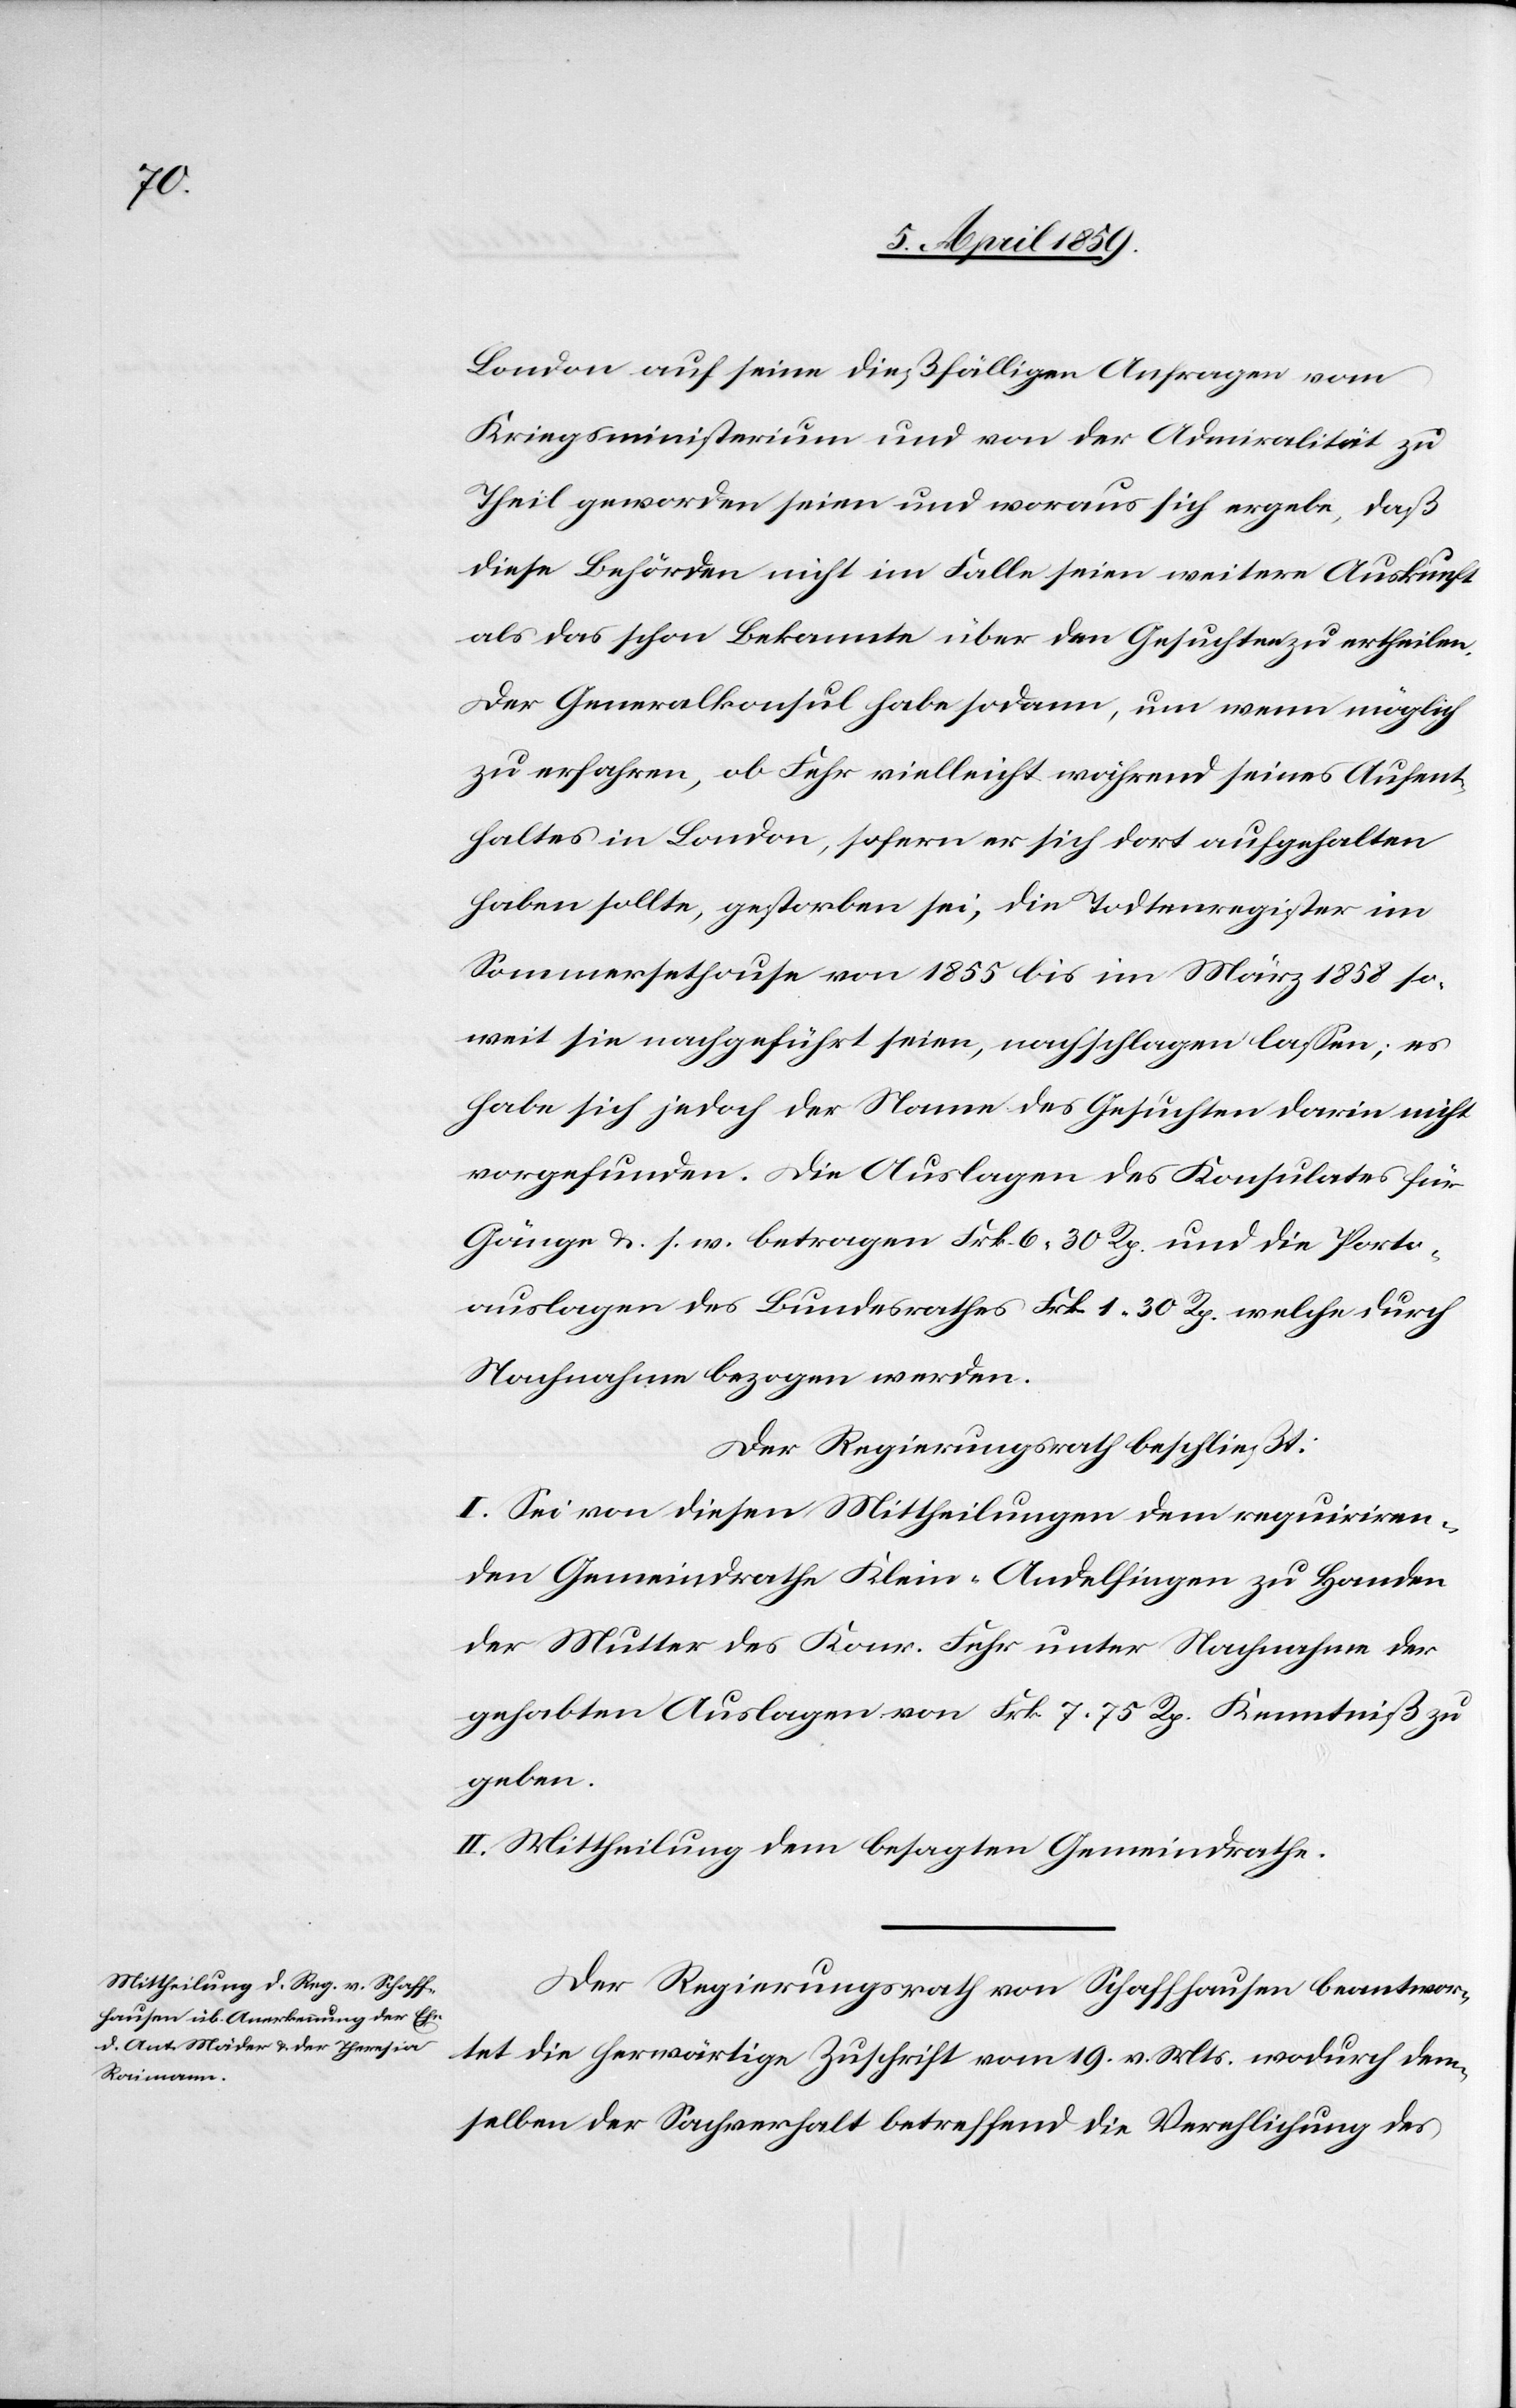
London auf seine dießfälligen Anfragen vom
Kriegsministerium und von der Admiralität zu
Theil geworden seien und woraus sich ergebe, daß
diese Behörden nicht im Falle seien weitere Auskunft
als das schon Bekannte über den Gesuchten zu ertheilen.
Der Generalkonsul habe sodann, um wenn möglich
zu erfahren, ob Fehr vielleicht während seines Aufent¬
haltes in London, sofern er sich dort aufgehalten
haben sollte, gestorben sei, die Todtenregister im
Sommersethause von 1855 bis im März 1858 so¬
weit sie nachgeführt seien, nachschlagen laßen; es
habe sich jedoch der Name des Gesuchten darin nicht
vorgefunden. Die Auslagen des Konsulates für
Gänge u. s. w. betragen Frk. 6 30 Rp. und die Porto¬
auslagen des Bundesrathes Frk. 1 30 Rp. welche durch
Nachnahme bezogen werden.
Der Regierungsrath beschließt:
I. Sei von diesen Mittheilungen dem requiriren¬
den Gemeindrathe Klein-Andelfingen zu Handen
der Mutter des Konr. Fehr unter Nachnahme der
gehabten Auslagen von Frk. 7 75 Rp. Kenntniß zu
geben.
II. Mittheilung dem besagten Gemeindrathe.
Der Regierungsrath von Schaffhausen beantwor¬
tet die herwärtige Zuschrift vom 19. v. Mts. wodurch dem¬
selben der Sachverhalt betreffend die Verehlichung des